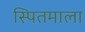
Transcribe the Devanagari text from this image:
स्पितमाला